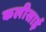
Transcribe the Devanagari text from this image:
कलीसाई